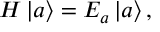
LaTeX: H \left| a \right\rangle = E _ { a } \left| a \right\rangle ,